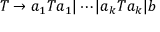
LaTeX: T \to a _ { 1 } T a _ { 1 } | \cdots | a _ { k } T a _ { k } | b